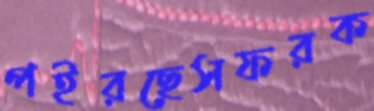
পইরছেসফরক